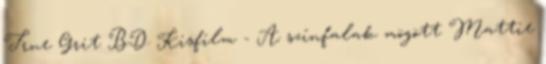
True Grit BD Kisfilm - A színfalak mögött Mattie